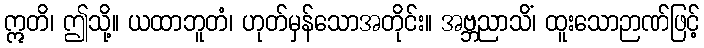
ဣတိ၊ ဤသို့။ ယထာဘူတံ၊ ဟုတ်မှန်သောအတိုင်း။ အဗ္ဘညာသိံ၊ ထူးသောဉာဏ်ဖြင့်